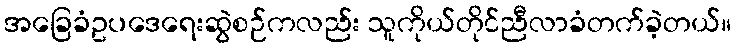
အခြေခံဥပဒေရေးဆွဲစဉ်ကလည်း သူကိုယ်တိုင်ညီလာခံတက်ခဲ့တယ်။